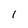
Character: l